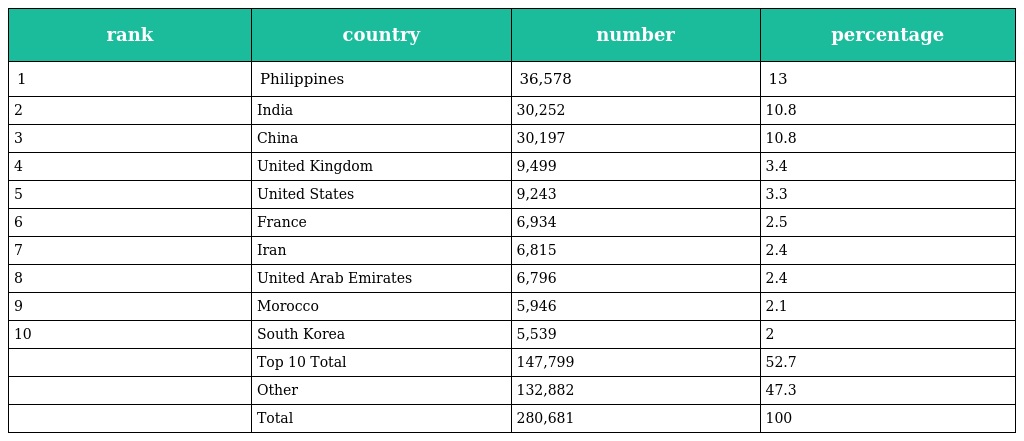
| rank | country | number | percentage |
 | --- | --- | --- | --- |
 | 1 | Philippines | 36,578 | 13 |
 | 2 | India | 30,252 | 10.8 |
 | 3 | China | 30,197 | 10.8 |
 | 4 | United Kingdom | 9,499 | 3.4 |
 | 5 | United States | 9,243 | 3.3 |
 | 6 | France | 6,934 | 2.5 |
 | 7 | Iran | 6,815 | 2.4 |
 | 8 | United Arab Emirates | 6,796 | 2.4 |
 | 9 | Morocco | 5,946 | 2.1 |
 | 10 | South Korea | 5,539 | 2 |
 |  | Top 10 Total | 147,799 | 52.7 |
 |  | Other | 132,882 | 47.3 |
 |  | Total | 280,681 | 100 |